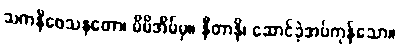
သကနိဝေသနတော၊ မိမိအိမ်မှ။ နီတာနိ၊ ဆောင်ခဲ့အပ်ကုန်သော။